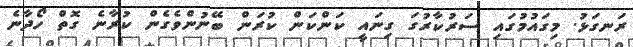
ރަނގަޅު. މިގައުމުގައި ސަރުކާރުގަ ގިނައީ ކަންކަން ކުރަން ބޭނުންވެގެން ކުރާނެ ގޮތް ހޯދާނެ